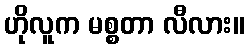
ဟိုလူက မစ္စတာ လီလား။